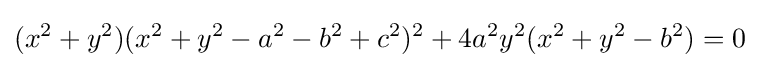
(x^{2}+y^{2})(x^{2}+y^{2}-a^{2}-b^{2}+c^{2})^{2}+4a^{2}y^{2}(x^{2}+y^{2}-b^{2})=0